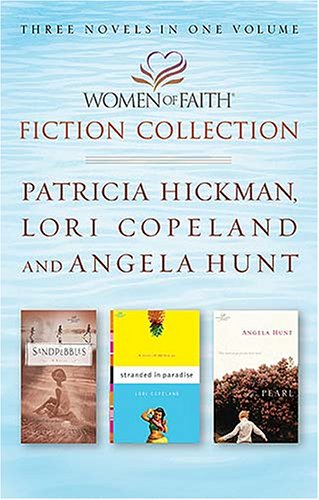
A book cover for Sandpebbles/Stranded in Paradise/The Pearl (Women of Faith Fiction Collection); Lori Copeland; Religion & Spirituality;